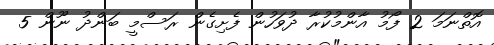
އޮތްނަމަ 2 ފޯމު އާންމުކުރާ ދުވަހުން ފެށިގެން ރަސްމީ ބަންދު ނޫން 5